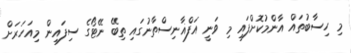
މި ހިސާބުތައް އާންމުކޮށްފައި މި ވަނީ އަފްޣާނިސްތާނުގައި ތިބޭ ނޭޓޯގެ ސިފައިން މިއަހަރަށް